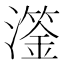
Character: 𤁈